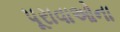
પૂરાવાઓના